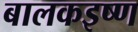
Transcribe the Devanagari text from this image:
बालकइष्ण